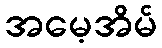
အမေ့အိမ်